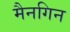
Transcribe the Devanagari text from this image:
मैनगिन